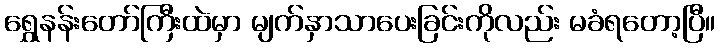
ရွှေနန်းတော်ကြီးထဲမှာ မျက်နှာသာပေးခြင်းကိုလည်း မခံရတော့ပြီ။